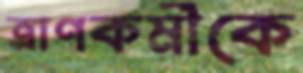
ত্রাণকর্মীকে